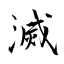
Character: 滅